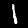
Label: 1